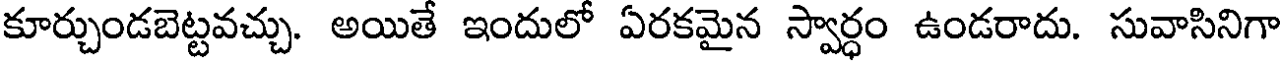
కూర్చుండబెట్టవచ్చు. అయితే ఇందులో ఏరకమైన స్వార్ధం ఉండరాదు. సువాసినిగా